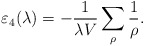
\begin{align*}\varepsilon_4(\lambda)= -\frac{1}{\lambda V}\sum_{\rho}\frac{1}{\rho}.\end{align*}